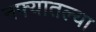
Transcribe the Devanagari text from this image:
नफ्यातल्या